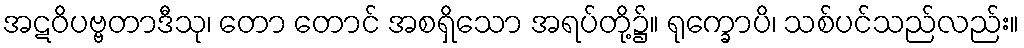
အဋဝိပဗ္ဗတာဒီသု၊ တော တောင် အစရှိသော အရပ်တို့၌။ ရုက္ခောပိ၊ သစ်ပင်သည်လည်း။